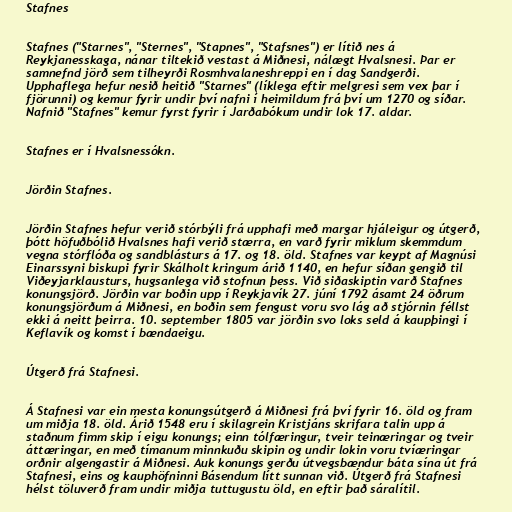
Stafnes

Stafnes ("Starnes", "Sternes", "Stapnes", "Stafsnes") er lítið nes á
Reykjanesskaga, nánar tiltekið vestast á Miðnesi, nálægt Hvalsnesi. Þar er
samnefnd jörð sem tilheyrði Rosmhvalaneshreppi en í dag Sandgerði.
Upphaflega hefur nesið heitið "Starnes" (líklega eftir melgresi sem vex þar í
fjörunni) og kemur fyrir undir því nafni í heimildum frá því um 1270 og síðar.
Nafnið "Stafnes" kemur fyrst fyrir í Jarðabókum undir lok 17. aldar.

Stafnes er í Hvalsnessókn.

Jörðin Stafnes.

Jörðin Stafnes hefur verið stórbýli frá upphafi með margar hjáleigur og útgerð,
þótt höfuðbólið Hvalsnes hafi verið stærra, en varð fyrir miklum skemmdum
vegna stórflóða og sandblásturs á 17. og 18. öld. Stafnes var keypt af Magnúsi
Einarssyni biskupi fyrir Skálholt kringum árið 1140, en hefur síðan gengið til
Viðeyjarklausturs, hugsanlega við stofnun þess. Við siðaskiptin varð Stafnes
konungsjörð. Jörðin var boðin upp í Reykjavík 27. júní 1792 ásamt 24 öðrum
konungsjörðum á Miðnesi, en boðin sem fengust voru svo lág að stjórnin féllst
ekki á neitt þeirra. 10. september 1805 var jörðin svo loks seld á kaupþingi í
Keflavík og komst í bændaeigu.

Útgerð frá Stafnesi.

Á Stafnesi var ein mesta konungsútgerð á Miðnesi frá því fyrir 16. öld og fram
um miðja 18. öld. Árið 1548 eru í skilagrein Kristjáns skrifara talin upp á
staðnum fimm skip í eigu konungs; einn tólfæringur, tveir teinæringar og tveir
áttæringar, en með tímanum minnkuðu skipin og undir lokin voru tvíæringar
orðnir algengastir á Miðnesi. Auk konungs gerðu útvegsbændur báta sína út frá
Stafnesi, eins og kauphöfninni Básendum lítt sunnan við. Útgerð frá Stafnesi
hélst töluverð fram undir miðja tuttugustu öld, en eftir það sáralítil.